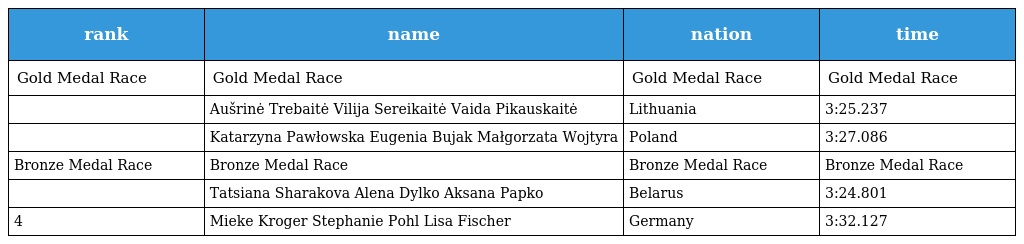
| rank | name | nation | time |
 | --- | --- | --- | --- |
 | Gold Medal Race | Gold Medal Race | Gold Medal Race | Gold Medal Race |
 |  | Aušrinė Trebaitė Vilija Sereikaitė Vaida Pikauskaitė | Lithuania | 3:25.237 |
 |  | Katarzyna Pawłowska Eugenia Bujak Małgorzata Wojtyra | Poland | 3:27.086 |
 | Bronze Medal Race | Bronze Medal Race | Bronze Medal Race | Bronze Medal Race |
 |  | Tatsiana Sharakova Alena Dylko Aksana Papko | Belarus | 3:24.801 |
 | 4 | Mieke Kroger Stephanie Pohl Lisa Fischer | Germany | 3:32.127 |